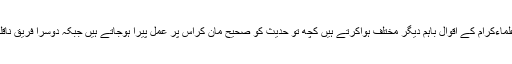
اس طورپر کہ انسان دلیل کی صحت کے بارے میں مطمئن نہ ہو اسی کا نتیجہ ہے کہ علماءکرام کے اقوال باہم دیگر مختلف ہواکرتے ہیں کچھ تو حدیث کو صحیح مان کراس پر عمل پیرا ہوجاتے ہیں جبکہ دوسرا فریق ناقلین حدیث کے اندر کمی پاکر اس کو ضعیف گردانتے ہوئے اس کا انکار کر دیتے ہےں۔